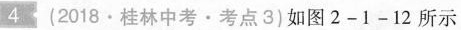
4 (2018·桂林中考·考点3)如图2-1-12所示